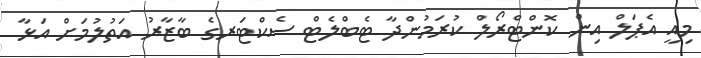
މިއީ އެޕަލް އިން ކޮންޓްރޯލް ކުރަމުންދާ ޓެބްލެޓް ސެކްޓަރގެ ބާޒާރު އަތުލުމަށް އަޅާ